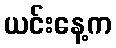
ယင်းနေ့က